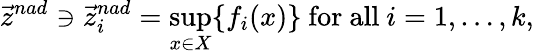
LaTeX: {\vec{z}}^{nad}\ni{\vec{z}}_{i}^{nad}={\underset{x\in X}{\operatorname*{sup}}}\{ f_{i}(x)\} {\mathrm{~for~all~}}i=1,\ldots,k,